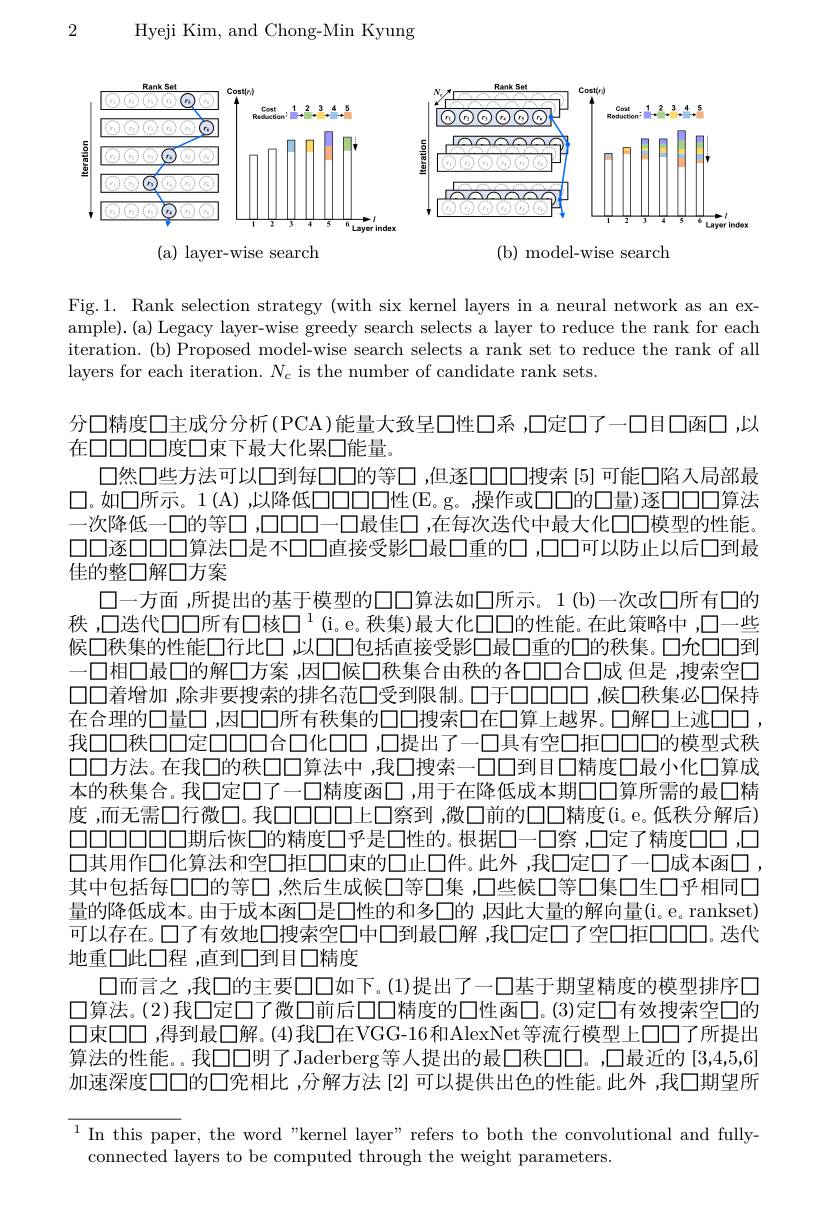
Hyeji Kim, and Chong-Min Kyung

2

<FigureHere>

( b) model- wise search

( a) layer- wise search

Fig.1. Rank selection strategy (with six kernel layers in a neural network as an example). (a) Legacy layer-wise greedy search selects a layer to reduce the rank for each iteration.(b) Proposed model-wise search selects a rank set to reduce the rank of all layers for each iteration. $N_{c}$ is the number of candidate rank sets.

分口精度口主成分分析(PCA)能量大致呈口性口系，口定口了一口目口函口，以
在口口口口度口束下最大化累口能量。
口然口些方法可以口到每口口的等□,但逐口口口搜索[5]可能口陷入局部最$\square$。如口所示。1(A),以降低口口口性(E。g。操作或口口的口量)逐口口口算法一次降低一口的等口，口口口一口最佳口，在每次迭代中最大化口口模型的性能口口逐口口口算法口是不口口直接受影口最口重的口，口口可以防止以后口到最佳的整口解口方案
口一方面 ,所提出的基于模型的□□算法如囗所示。1(b)一次改口所有口的秩，口迭代口口所有口核口$^{1}$(i。e。秩集)最大化口口的性能。在此策略中，口一些候口秩集的性能口行比口，以口口包括直接受影口最口重的口的秩集。口允口口到一口相口最口的解口方案 ,因口候口秩集合由秩的各口口合口成 但是 ,搜索空口口口着增加 ,除非要搜索的排名范□受到限制。口于0000，候口秩集必口保持在合理的口量口 ,因口口所有秩集的口口搜索口在口算上越界。口解口上迹口口 , 我口口秩口口定口口口合口化口口，口提出了一口具有空口拒口口口的模型式秩口口方法。在我口的秩口口算法中，我口搜索一口口到目口精度口最小化口算成本的秩集合。我口定口了一口精度函口 ,用于在降低成本期口口算所需的最口精度，而无需口行微口。我口口口口上口察到，微口前的口口精度(i。e。低秩分解后) 口口口口口口口期后恢口的精度口乎是口性的。根据口一口察，口定了精度口口，口口其用作口化算法和空口拒口口束的口止口件。此外 ,我口定口了一口成本函口 , 其中包括每口口的等口，然后生成候口等口集，口些候口等口集口生口乎相同口量的降低成本。由于成本函口是口性的和多口的 ,因此大量的解向量(i。e。rankset) 可以存在。口了有效地口搜索空口中口到最口解，我口定口了空口拒口口口。迭代地重口此口程 ,直到口到目口精度
$\square$而言之，我口的主要口口如下。(1)提出了一口基于期望精度的模型排序口口算法。(2)我口定口了微口前后口口精度的口性函口。(3)定口有效搜索空口的口束口口 ,得到最口解。(4)我口在VGG-16和AlexNet等流行模型上口口了所提出算法的性能。我口口明了Jaderberg等人提出的最口秩$\square\square。,口最近的 [3,4,5,6]$ 加速深度口口的口究相比 ,分解方法 [2] 可以提供出色的性能。此外 ,我口期望所${^{1}\text{In this paper, the word"kernel layer" refers to both the convolutional and fully-}}$

connected layers to be computed through the weight parameters.